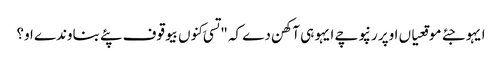
ایہو جئے موقعیاں اوپر رنپوچے ایہو ہی آکھن دے کہ "تسی کِنوں بیوقوف پئے بناوندے او؟